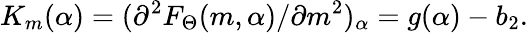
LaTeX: K_{m}(\alpha)=(\partial^{2}{F_{\Theta}(m,\alpha)/\partial{m}^{2}})_{\alpha}=g(\alpha)-b_{2}.